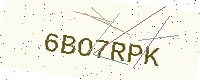
Text: 6BO7RPK